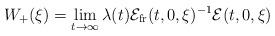
LaTeX: \begin{align*}W_+(\xi) = \lim_{t\rightarrow \infty} \lambda(t) \mathcal{E}_{\rm fr}(t,0,\xi)^{-1} \mathcal{E}(t,0,\xi)\end{align*}